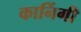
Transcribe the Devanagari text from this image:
कार्निगी